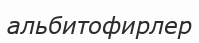
альбитофирлер